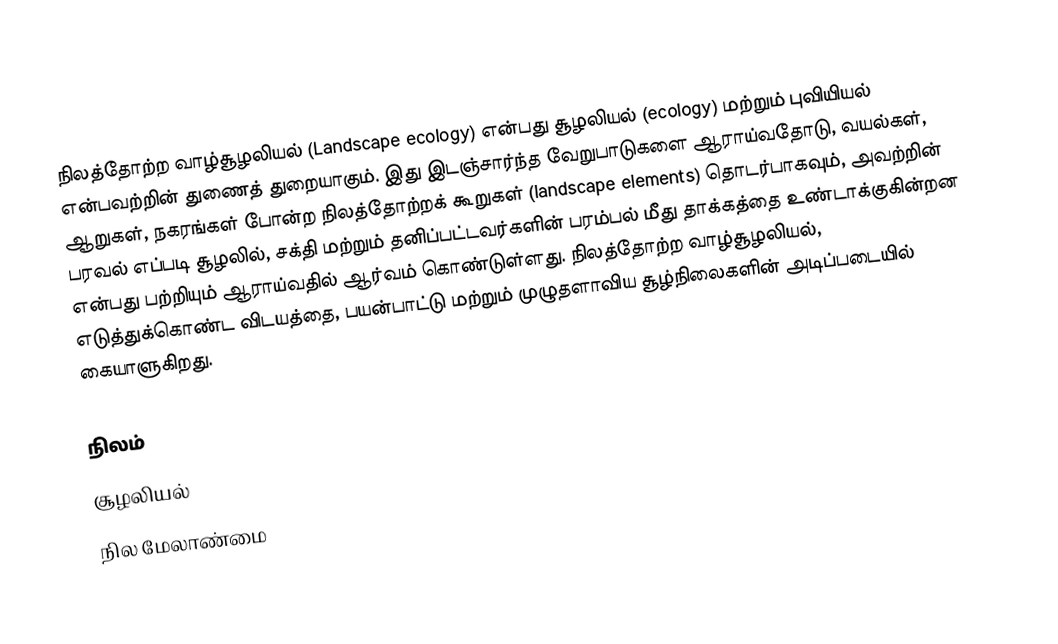
நிலத்தோற்ற வாழ்சூழலியல் (Landscape ecology) என்பது சூழலியல் (ecology) மற்றும் புவியியல் என்பவற்றின் துணைத் துறையாகும். இது இடஞ்சார்ந்த வேறுபாடுகளை ஆராய்வதோடு, வயல்கள், ஆறுகள், நகரங்கள் போன்ற நிலத்தோற்றக் கூறுகள் (landscape elements) தொடர்பாகவும், அவற்றின் பரவல் எப்படி சூழலில், சக்தி மற்றும் தனிப்பட்டவர்களின் பரம்பல் மீது தாக்கத்தை உண்டாக்குகின்றன என்பது பற்றியும் ஆராய்வதில் ஆர்வம் கொண்டுள்ளது. நிலத்தோற்ற வாழ்சூழலியல், எடுத்துக்கொண்ட விடயத்தை, பயன்பாட்டு மற்றும் முழுதளாவிய சூழ்நிலைகளின் அடிப்படையில் கையாளுகிறது.

நிலம்
சூழலியல்
நில மேலாண்மை